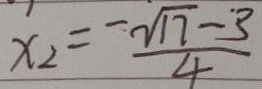
x _ { 2 } = \frac { - \sqrt { 1 7 } - 3 } { 4 }